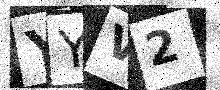
Text: YYV2